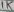
Text: 1K